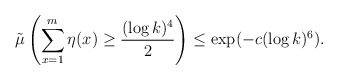
\begin{align*}\tilde \mu\left( \sum_{x=1}^m \eta(x)\ge \frac{(\log k)^4}{2}\right)\le \exp(- c (\log k)^6).\end{align*}